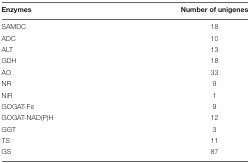
<table><thead><tr><td><b>Enzymes</b></td><td><b>Number of unigenes</b></td></tr></thead><tbody><tr><td>SAMDC</td><td>18</td></tr><tr><td>ADC</td><td>10</td></tr><tr><td>ALT</td><td>13</td></tr><tr><td>GDH</td><td>18</td></tr><tr><td>AO</td><td>33</td></tr><tr><td>NR</td><td>9</td></tr><tr><td>NiR</td><td>1</td></tr><tr><td>GOGAT-Fe</td><td>9</td></tr><tr><td>GOGAT-NAD(P)H</td><td>12</td></tr><tr><td>GGT</td><td>3</td></tr><tr><td>TS</td><td>11</td></tr><tr><td>GS</td><td>87</td></tr></tbody></table>